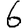
Digit: 6